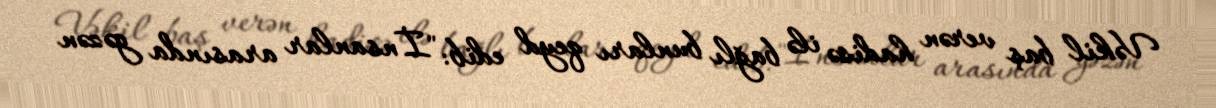
Vəkil baş verən hadisə ilə bağlı bunları qeyd edib: "İnsanlar arasında gəzən